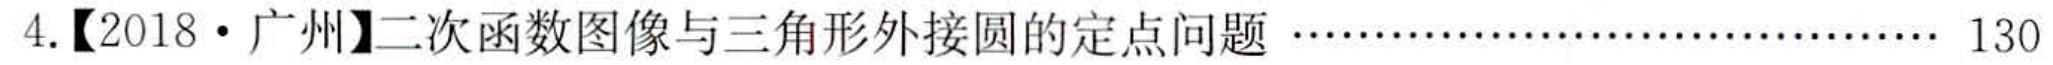
4.【2018·广州】二次函数图像与三角形外接圆的定点问题……………………………… 130